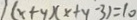
( x + y ) ( x + y - 3 ) = 1 0